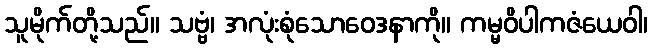
သူမိုက်တို့သည်။ သဗ္ဗံ၊ အလုံးစုံသောဝေဒနာကို။ ကမ္မဝိပါကဇံယေဝါ၊